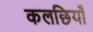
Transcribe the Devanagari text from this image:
कलछियाँ